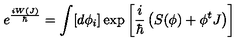
e ^ { \frac { i W ( J ) } { \hbar } } = \int [ d \phi _ { i } ] \exp \left[ \frac { i } { \hbar } \left( S ( \phi ) + \phi ^ { t } J \right) \right]